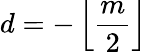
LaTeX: d=-\left\lfloor{\frac{m}{2}}\right\rfloor